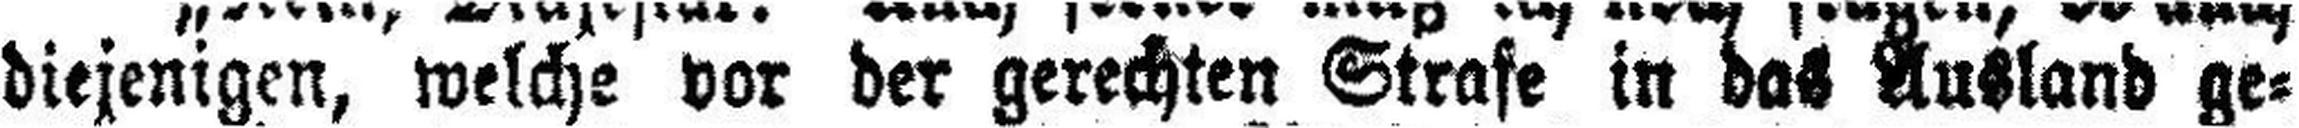
diejenigen, welche vor der gerechten Strafe in das Ausland ge¬